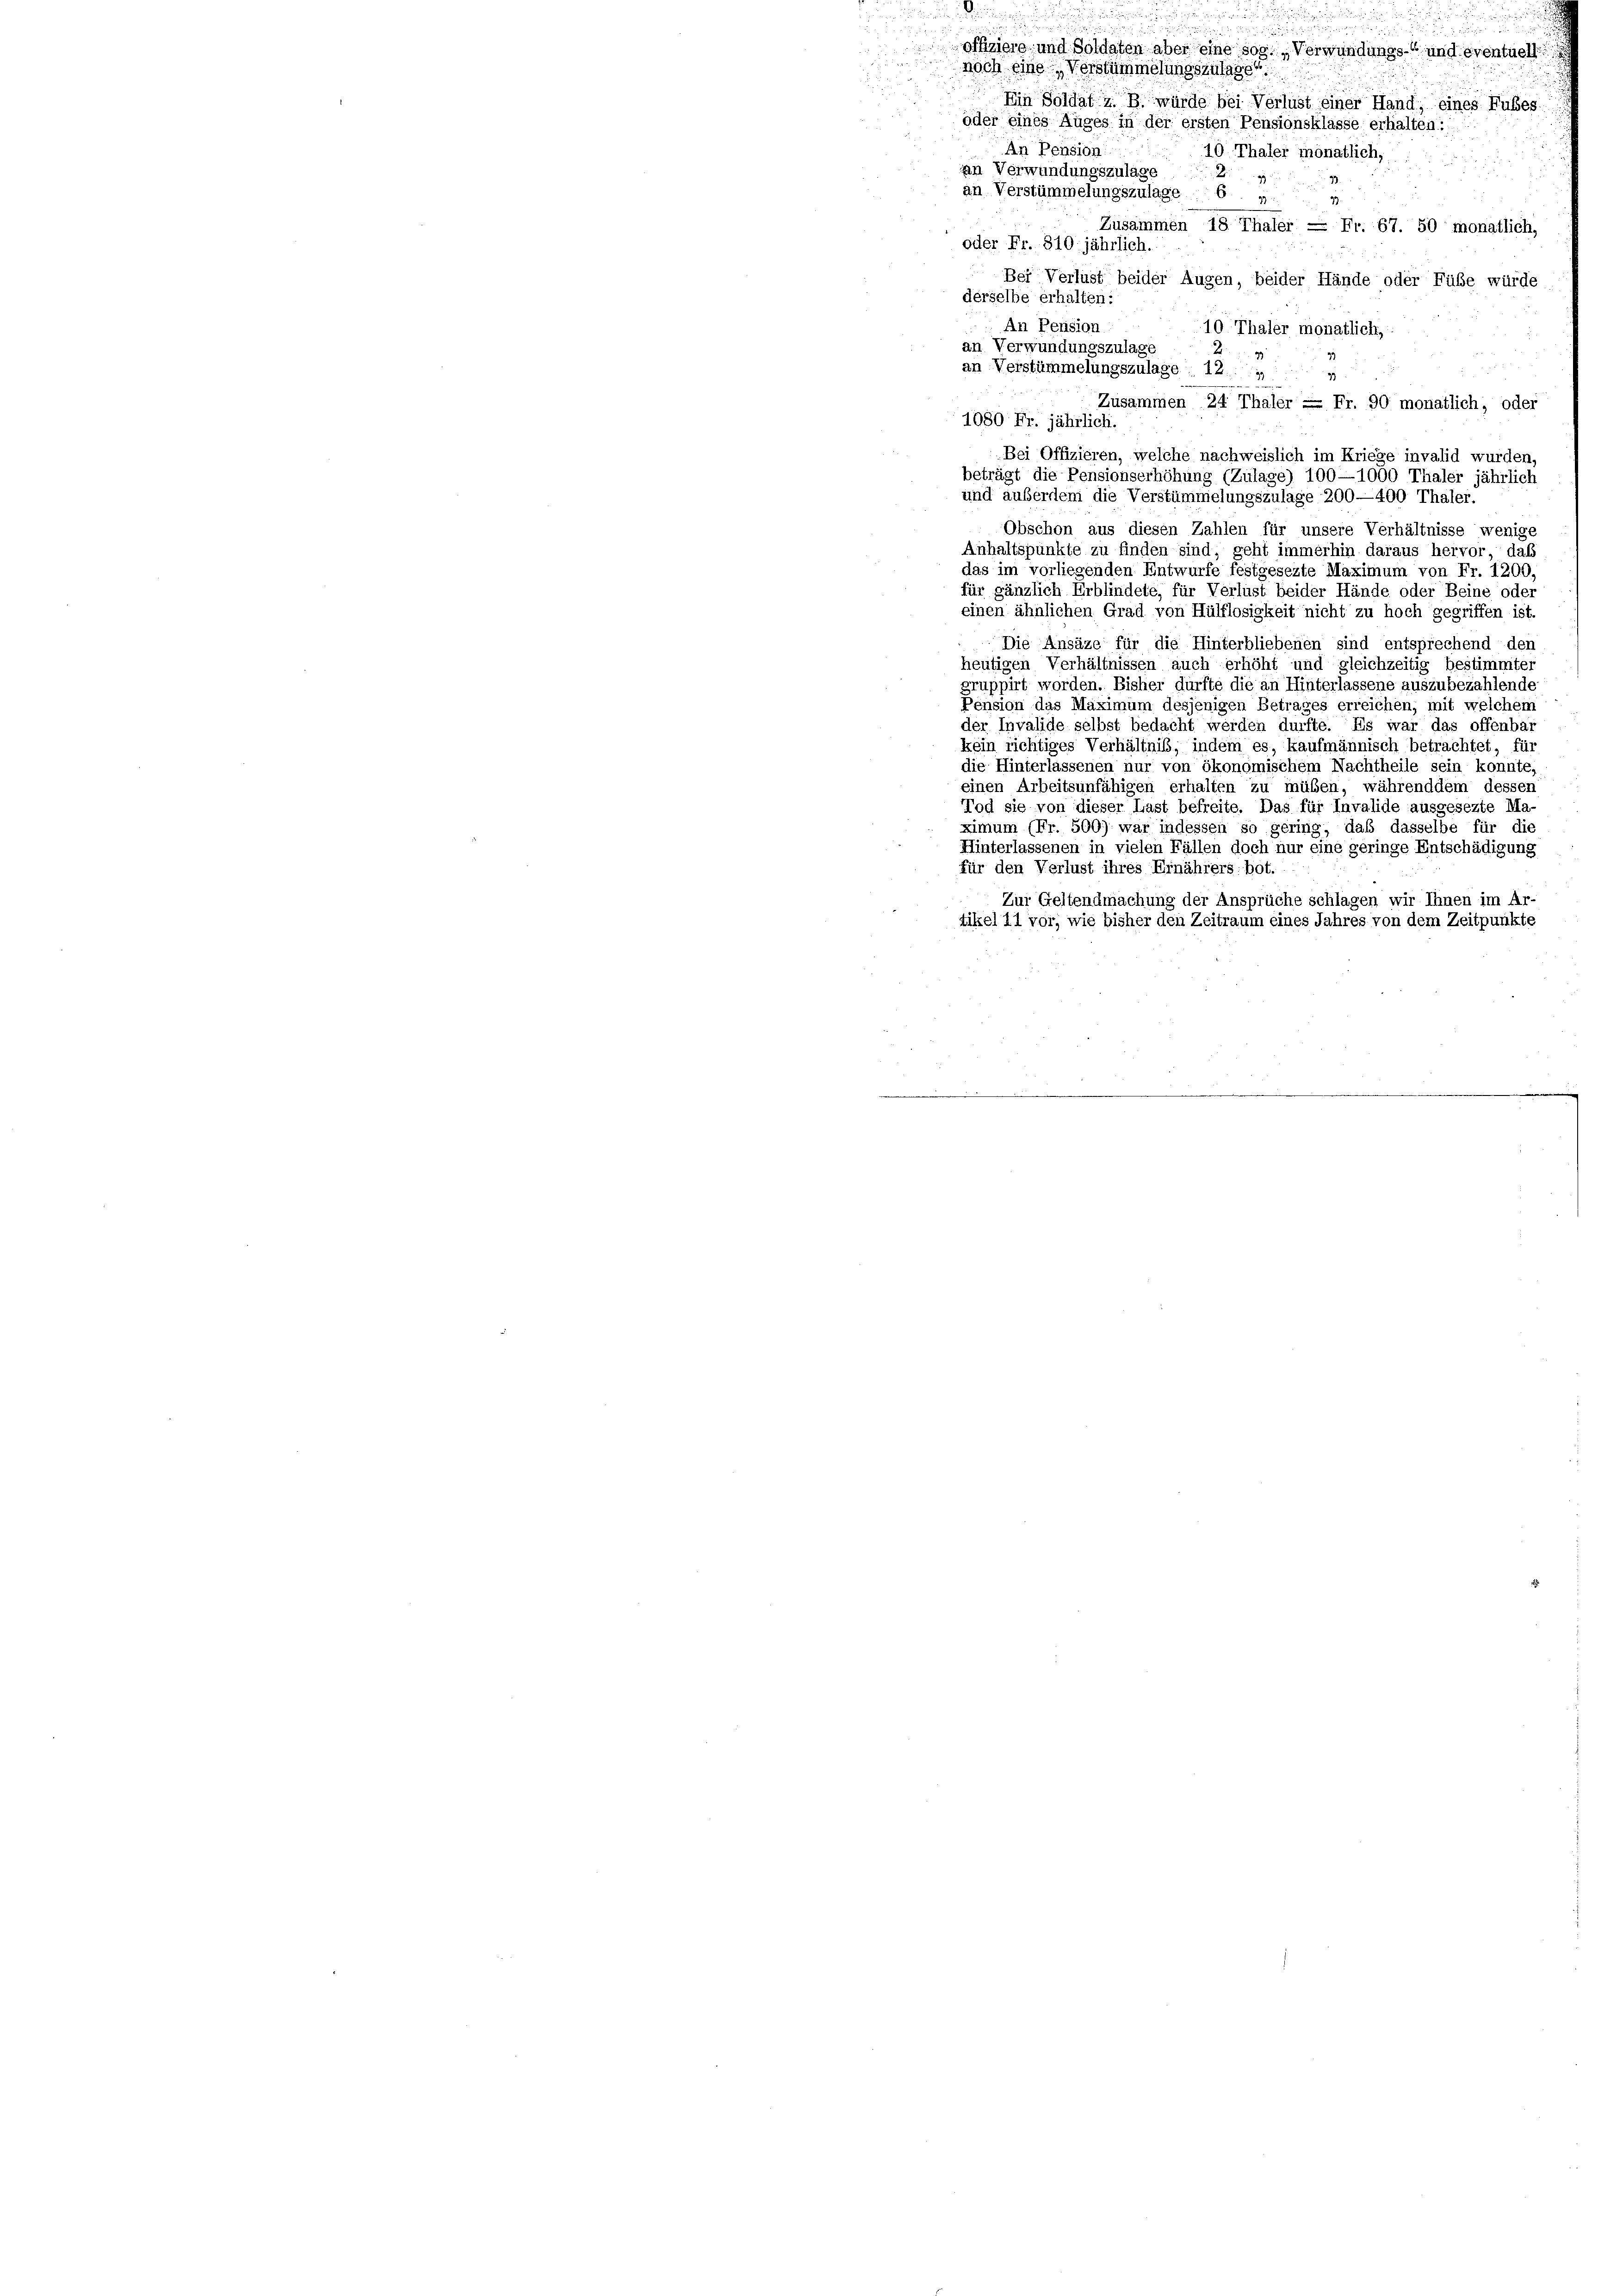
oder eines Auges in der ersten Pensionsklasse erhalten:
An Pension
10 Thaler monatlich,
an Verwundungszulage
an Verstümmelungszulage 6 „
99.
Zusammen 18 Thaler = Fr. 67. 50 monatlich,
oder Fr. 310 jährlich.
Bei Verlust beider Augen, beider Hände oder Füße würde
derselbe erhalten:
An Pension
10 Thaler monatlich,
an Verwundungszulage
an Verstümmelungszulage 12.
47
Zusammen 24 Thaler = Fr. 90 monatlich, oder
1080 Fr. jährlich.
Bei Offizieren, welche nachweislich im Kriege invalid wurden,
beträgt die Pensionserhöhung (Zulage) 100—1000 Thaler jährlich
und außerden die Verstümmelungszulage 200—400 Thaler.
Obschon aus diesen Zahlen für unsere Verhältnisse wenige
Anhaltspunkte zu finden sind; geht immerhin daraus hervor, daß
das im vorliegenden Entwurfe festgesezte Maximum von Fr. 1200,
für gänzlich Erblindete, für Verlust beider Hände oder Beine oder
einen ähnlichen Grad von Hülflosigkeit nicht zu hoch gegriffen ist.
Die Ansäze für die Hinterbliebenen sind entsprechend der
heutigen Verhältnissen auch erhöht und gleichzeitig bestimmter
gruppirt worden. Bisher dürfte die an Hinterlassene auszubezahlende
Pension das Maximum desjenigen Betrages erreichen; mit welchem
der Invalide selbst bedacht werden durfte. Es war das offenbar
kein richtiges Verhältniß, indem es, kaufmännisch betrachtet, für
die Hinterlassenen nur von ökonomischem Nachtheile sein konnte
einen Arbeitsunfähigen erhalten zu müßen, währenddem dessen
Tod sie von dieser Last befreite. Das für Invalide ausgesezte Ma
ximum (Fr. 500) war indessen so gering, daß dasselbe für die
Hinterlassenen in vielen Fällen doch nur eine geringe Entschädigung
für den Verlust ihres Ernährers: bot.
Zur Geltendmachung der Ansprüche schlagen wir Ihnen im Ar-
tikel 11 vor, wie bisher den Zeitraum eines Jahres von dem Zeitpunkte

.

r die
offiziere und Soldaten aber eine sog. „Verwundungs- und eventuell I
noch eine Verstümmelungszulage
Ein Soldat z. B. würde bei Verlust einer Hand, eines Hübes